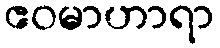
ဧဝမာဟာရာ